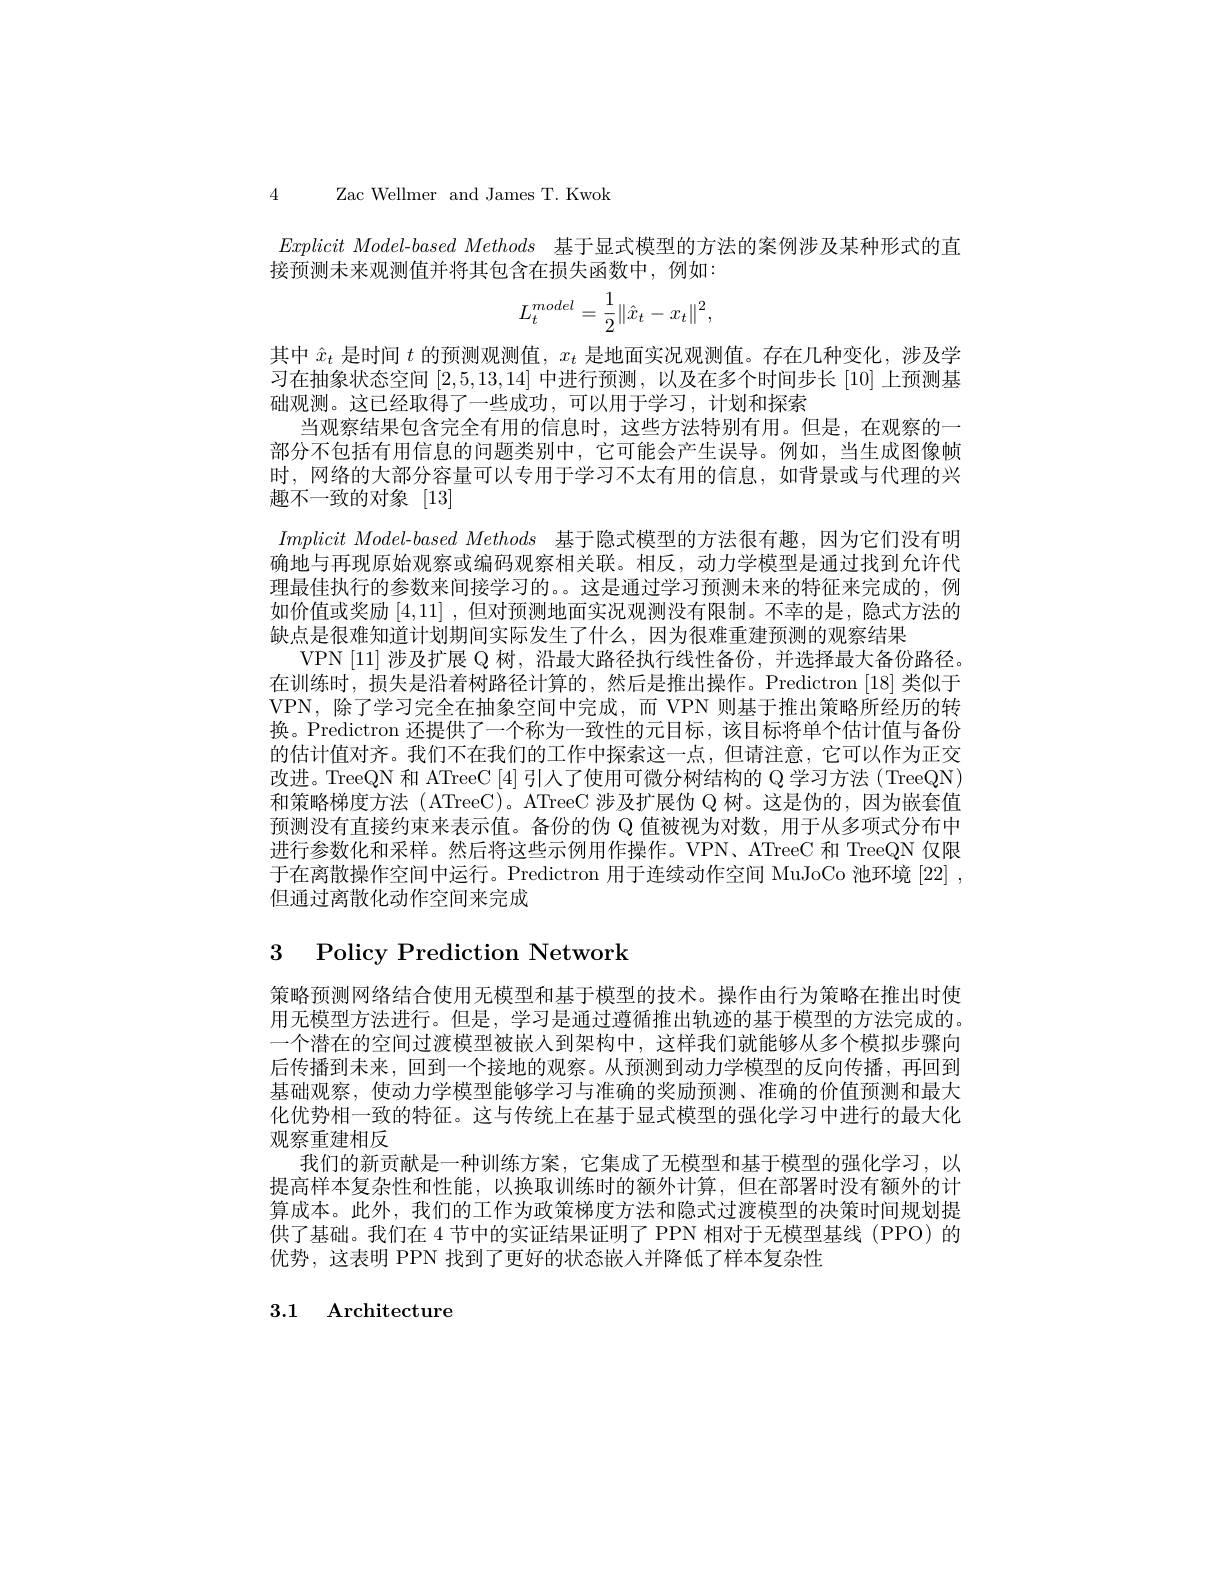
4 Zac Wellmer and James T. Kwok

$Explicit Model- based Methods$ 基于显式模型的方法的案例涉及某种形式的直
接预测未来观测值并将其包含在损失函数中，例如：
$$L_t^{model}=\frac{1}{2}\|\hat{x}_t-x_t\|^2,$$
其中$\hat{x}_t$是时间$t$的预测观测值，$x_t$是地面实况观测值。存在几种变化，涉及学习在抽象状态空间[2,5,13,14]中进行预测，以及在多个时间步长[10]上预测基础观测。这已经取得了一些成功，可以用于学习，计划和探索
当观察结果包含完全有用的信息时，这些方法特别有用。但是，在观察的一部分不包括有用信息的问题类别中，它可能会产生误导。例如，当生成图像帧时，网络的大部分容量可以专用于学习不太有用的信息，如背景或与代理的兴趣不一致的对象[13]
$Implicit Model- based Methods$ 基于隐式模型的方法很有趣，因为它们没有明确地与再现原始观察或编码观察相关联。相反，动力学模型是通过找到允许代理最佳执行的参数来间接学习的。。这是通过学习预测未来的特征来完成的，例如价值或奖励[4,11] ,但对预测地面实况观测没有限制。不幸的是，隐式方法的缺点是很难知道计划期间实际发生了什么，因为很难重建预测的观察结果
VPN [11]涉及扩展 Q 树，沿最大路径执行线性备份，并选择最大备份路径。在训练时，损失是沿着树路径计算的，然后是推出操作。Predictron [18]类似于VPN,除了学习完全在抽象空间中完成，而 VPN 则基于推出策略所经历的转换。Predictron 还提供了一个称为一致性的元目标，该目标将单个估计值与备份的估计值对齐。我们不在我们的工作中探索这一点，但请注意，它可以作为正交改进。TreeQN 和 ATreeC [4]引入了使用可微分树结构的 Q 学习方法(TreeQN) 和策略梯度方法 (ATreeC)。ATreeC 涉及扩展伪 Q 树。这是伪的，因为嵌套值预测没有直接约束来表示值。备份的伪 Q 值被视为对数，用于从多项式分布中进行参数化和采样。然后将这些示例用作操作。VPN、ATreeC 和 TreeQN 仅限于在离散操作空间中运行。Predictron 用于连续动作空间 MuJoCo 池环境 [22] , 但通过离散化动作空间来完成

# 3 Policy Prediction Network

策略预测网络结合使用无模型和基于模型的技术。操作由行为策略在推出时使用无模型方法进行。但是，学习是通过遵循推出轨迹的基于模型的方法完成的。一个潜在的空间过渡模型被嵌人到架构中，这样我们就能够从多个模拟步骤向后传播到未来，回到一个接地的观察。从预测到动力学模型的反向传播，再回到基础观察，使动力学模型能够学习与准确的奖励预测、准确的价值预测和最大化优势相一致的特征。这与传统上在基于显式模型的强化学习中进行的最大化观察重建相反
我们的新贡献是一种训练方案，它集成了无模型和基于模型的强化学习，以提高样本复杂性和性能，以换取训练时的额外计算，但在部署时没有额外的计算成本。此外，我们的工作为政策梯度方法和隐式过渡模型的决策时间规划提供了基础。我们在 4 节中的实证结果证明了 PPN 相对于无模型基线 (PPO) 的优势，这表明 PPN 找到了更好的状态嵌人并降低了样本复杂性

## 3.1 Architecture